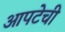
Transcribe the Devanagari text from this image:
आपटेची